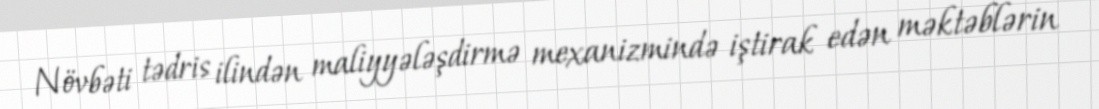
Növbəti tədris ilindən maliyyələşdirmə mexanizmində iştirak edən məktəblərin